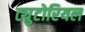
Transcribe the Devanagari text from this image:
ट्युटोरियल